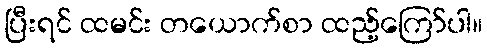
ပြီးရင် ထမင်း တယောက်စာ ထည့်ကြော်ပါ။